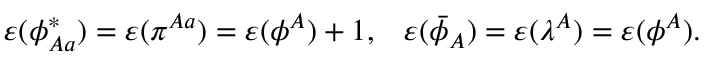
\varepsilon ( \phi _ { A a } ^ { * } ) = \varepsilon ( \pi ^ { A a } ) = \varepsilon ( \phi ^ { A } ) + 1 , \; \; \; \varepsilon ( \bar { \phi } _ { A } ) = \varepsilon ( { \lambda } ^ { A } ) = \varepsilon ( \phi ^ { A } ) .